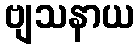
ဗျသနာယ